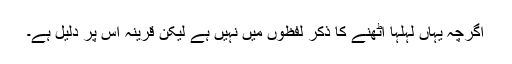
اگرچہ یہاں لہلہا اٹھنے کا ذکر لفظوں میں نہیں ہے لیکن قرینہ اس پر دلیل ہے۔